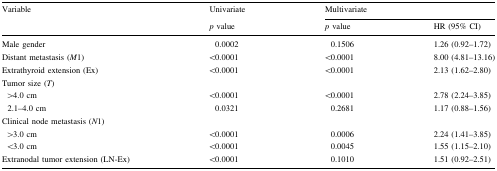
| <ROWSPAN=2> Variable | Univariate | <COLSPAN=2> Multivariate |
 | p value | p value | HR (95% CI) |
 | --- | --- | --- | --- |
 | Male gender | 0.0002 | 0.1506 | 1.26 (0.92–1.72) |
 | Distant metastasis (M1) | <0.0001 | <0.0001 | 8.00 (4.81–13.16) |
 | Extrathyroid extension (Ex) | <0.0001 | <0.0001 | 2.13 (1.62–2.80) |
 | Tumor size (T) |  |  |  |
 | >4.0 cm | <0.0001 | <0.0001 | 2.78 (2.24–3.85) |
 | 2.1–4.0 cm | 0.0321 | 0.2681 | 1.17 (0.88–1.56) |
 | Clinical node metastasis (N1) |  |  |  |
 | >3.0 cm | <0.0001 | 0.0006 | 2.24 (1.41–3.85) |
 | <3.0 cm | <0.0001 | 0.0045 | 1.55 (1.15–2.10) |
 | Extranodal tumor extension (LN-Ex) | <0.0001 | 0.1010 | 1.51 (0.92–2.51) |